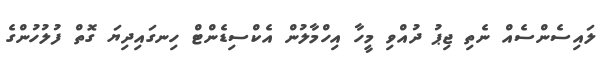
ލައިސެންސެއް ނެތި ޖިޕު ދުއްވި މީހާ އިހްމާލުން އެކްސިޑެންޓް ހިނގައިދިޔަ ގޮތް ފުލުހުންގެ